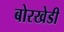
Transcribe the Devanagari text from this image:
बोरखेडी